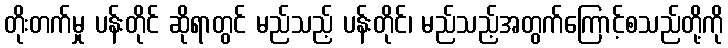
တိုးတက်မှု ပန်းတိုင် ဆိုရာတွင် မည်သည့် ပန်းတိုင်၊ မည်သည့်အတွက်ကြောင့်စသည်တို့ကို